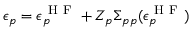
\epsilon _ { p } = \epsilon _ { p } ^ { \mathrm { ~ H ~ F ~ } } + Z _ { p } \Sigma _ { p p } ( \epsilon _ { p } ^ { \mathrm { ~ H ~ F ~ } } )